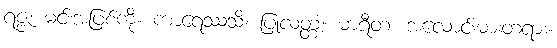
ရဇ္ဇံ၊ မင်းအဖြစ်ကို။ ကာရေဿသိ၊ ပြုလတ္တံ့။ မာရီတ၊ အလောင်းမားတရား။